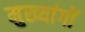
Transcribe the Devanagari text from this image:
मुख्यांगों